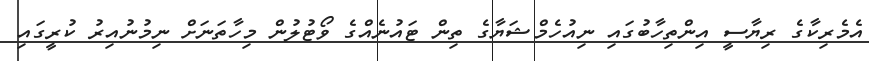
އެމެރިކާގެ ރިޔާސީ އިންތިހާބުގައި ނިއުހެމްޝަޔާގެ ތިން ޓައުނެއްގެ ވޯޓުލުން މިހާތަނަށް ނިމުނުއިރު ކުރީގައި